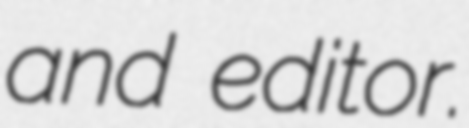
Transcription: and editor.